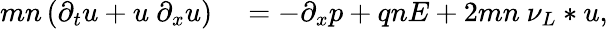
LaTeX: \begin{array}{rl}{mn\left(\partial_{t}u+u~\partial_{x}u\right)}&{{}=-\partial_{x}p+qnE+2mn~\nu_{L}*u,}\end{array}